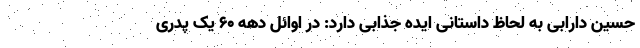
حسین دارابی به لحاظ داستانی ایده جذابی دارد: در اوائل دهه 60 یک پدری